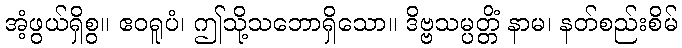
အံ့ဖွယ်ရှိစွ။ ဧဝရူပံ၊ ဤသို့သဘောရှိသော။ ဒိဗ္ဗသမ္ပတ္တိံ နာမ၊ နတ်စည်းစိမ်